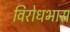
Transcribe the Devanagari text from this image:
विरोधभास